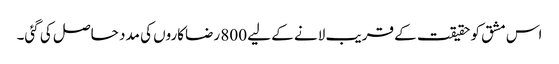
اس مشق کو حقیقت کے قریب لانے کے لیے 800 رضاکاروں کی مدد حاصل کی گئی۔